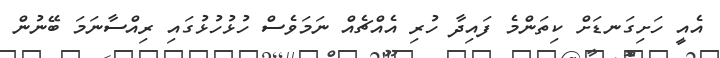
އެއީ ހަށިގަނޑަށް ކިތަންމެ ފައިދާ ހުރި އެއްޗެއް ނަމަވެސް ހުޅުހުޅުގައި ރިއްސާނަމަ ބޭނުން